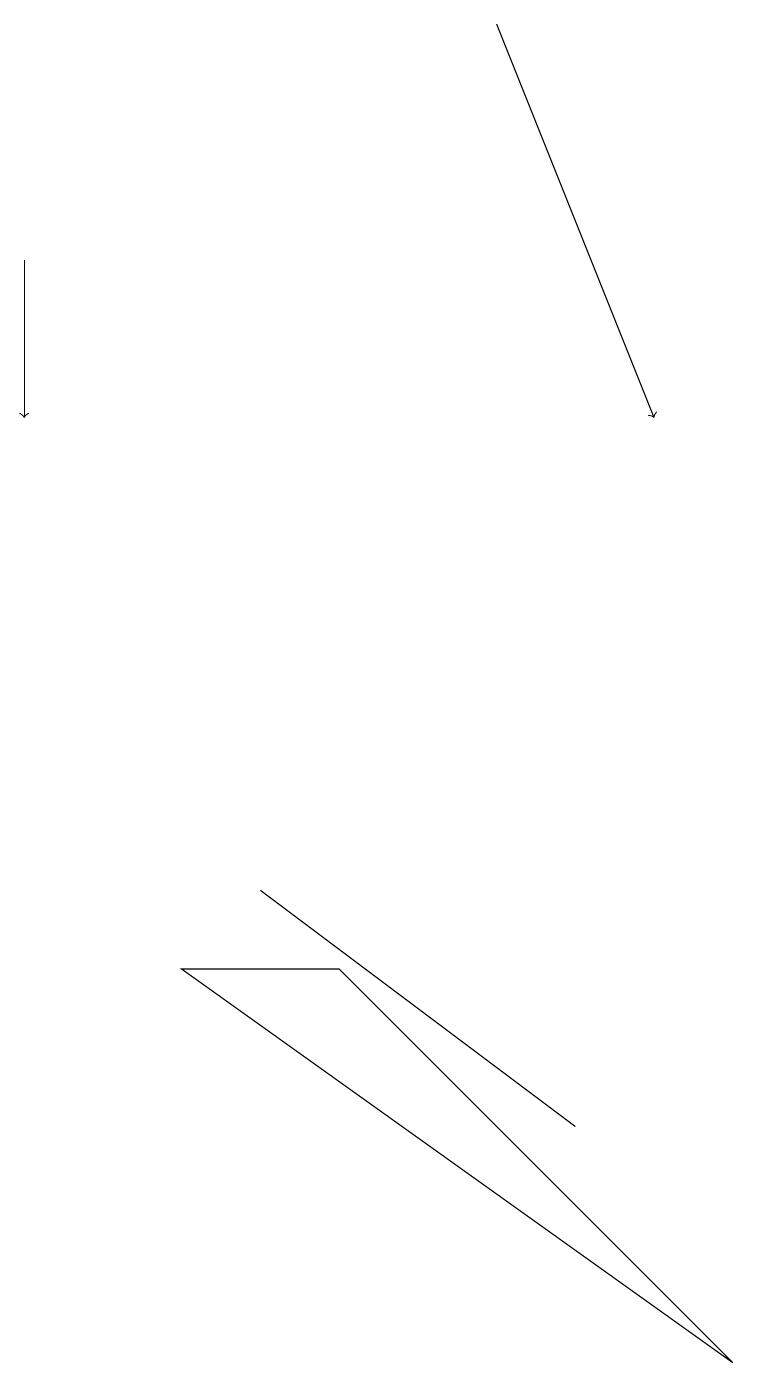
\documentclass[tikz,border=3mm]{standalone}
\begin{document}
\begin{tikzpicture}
\draw (9,2) -- (4,7) -- (2,7) -- cycle;
\draw[->] (6,19) -- (8,14);
\draw[->] (0,16) -- (0,14);
\draw (3,8) -- (3,8) -- (7,5) -- cycle;
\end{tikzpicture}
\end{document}